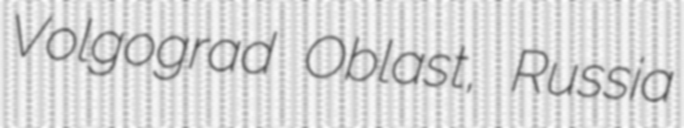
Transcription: Volgograd Oblast, Russia